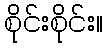
စိုင်းစိုင်း။